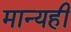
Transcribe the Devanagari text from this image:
मान्यही